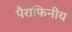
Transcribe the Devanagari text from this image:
पैराफिनीय